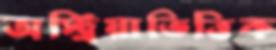
অস্ট্রিয়াভিত্তিক